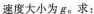
速度大小为g。求：